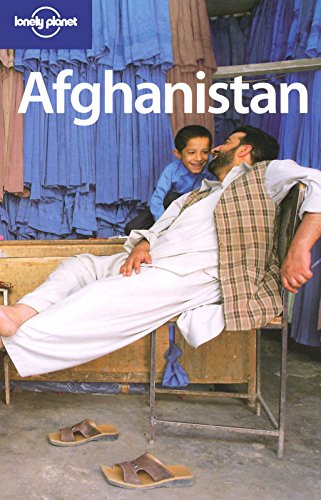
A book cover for Lonely Planet Afghanistan (Lonely Planet Travel Guides) (Country Travel Guide); Paul Clammer; Travel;